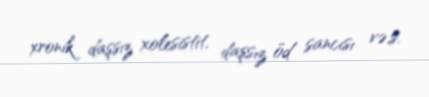
xronik daşsız xolesistit, daşsız öd sancısı və.s.